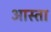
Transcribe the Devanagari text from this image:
आस्ता